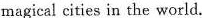
magical cities in the world.